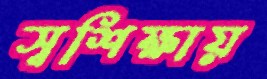
স্বশিক্ষায়